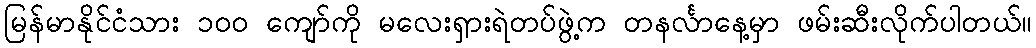
မြန်မာနိုင်ငံသား ၁၀၀ ကျော်ကို မလေးရှားရဲတပ်ဖွဲ့က တနင်္လာနေ့မှာ ဖမ်းဆီးလိုက်ပါတယ်။